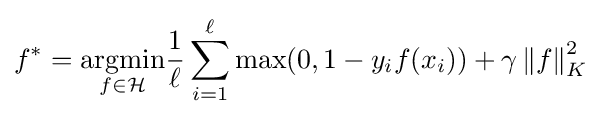
f^{*}={\underset {f\in {\mathcal {H}}}{\arg \!\min }}{\frac {1}{\ell }}\sum _{i=1}^{\ell }\max(0,1-y_{i}f(x_{i}))+\gamma \left\|f\right\|_{K}^{2}